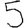
Digit: 5